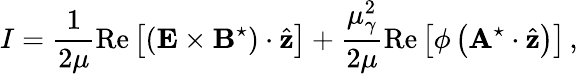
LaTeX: I=\frac{1}{2\mu}\mathrm{Re}\left[\left({\mathbf E}\times{\mathbf B}^{\star}\right)\cdot\hat{{\mathbf z}}\right]+\frac{\mu_{\gamma}^{2}}{2\mu}\mathrm{Re}\left[\phi\left({\mathbf A}^{\star}\cdot\hat{{\mathbf z}}\right)\right]\, ,